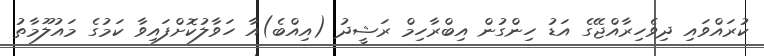
ކުރައްވައި ދިވެހިރާއްޖޭގެ އަޑު ހިންގުން އިބްރާހިމް ރަޝީދު (އިއްބެ)އާ ހަވާލުކޮށްފައިވާ ކަމުގެ މައުލޫމާތު